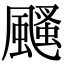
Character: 颾